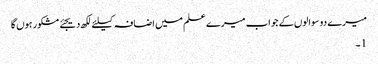
میرے دو سوالوں کے جواب میرے علم میں اضافہ کیلئے لکھ دیجئے مشکور ہوں گا
1 ۔